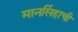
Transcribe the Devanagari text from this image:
मानसिंहाची